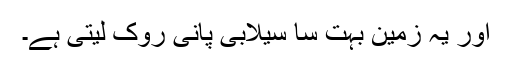
اور یہ زمین بہت سا سیلابی پانی روک لیتی ہے۔